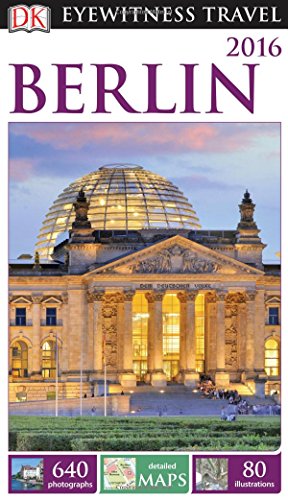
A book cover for DK Eyewitness Travel Guide: Berlin; DK Publishing; Travel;